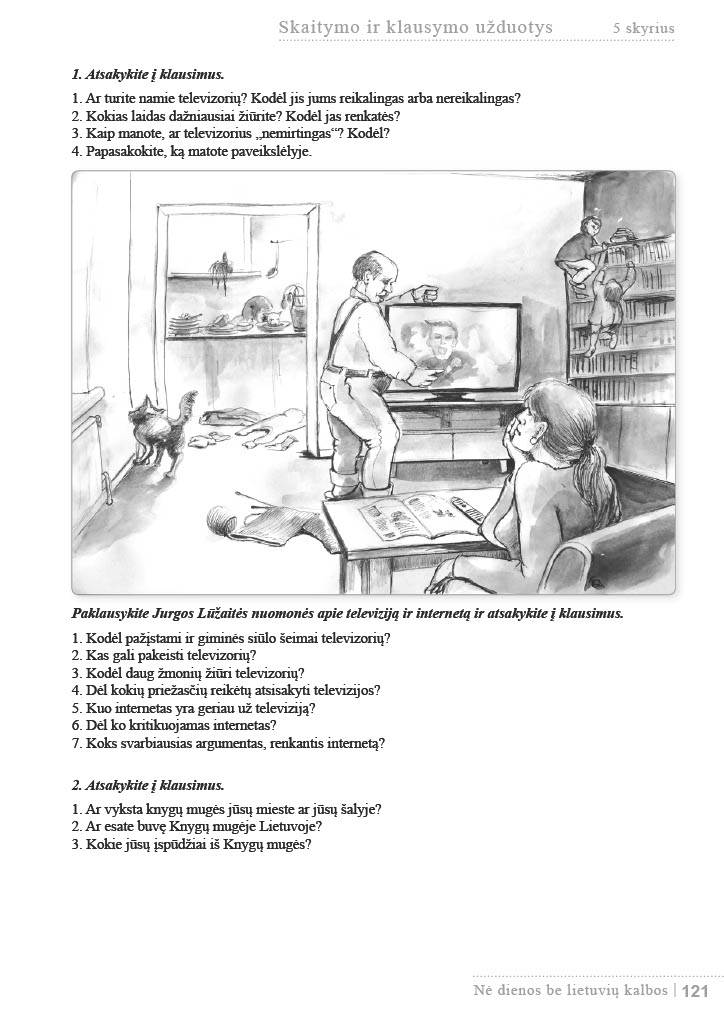
Language: lt